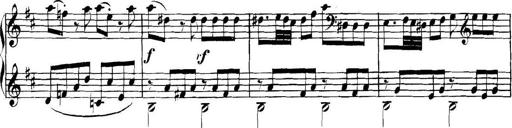
Title: Collected Piano Sonatas
Composer: Muzio Clementi